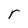
Character: r